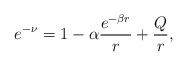
\begin{align*}e^{-\nu}=1-\alpha\frac{e^{-\beta r}}{r}+\frac{Q}{r},\end{align*}